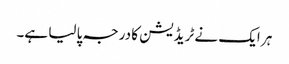
ہر ایک نے ٹریڈیشن کا درجہ پا لیا ہے۔